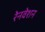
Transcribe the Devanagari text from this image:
रेनवेशन